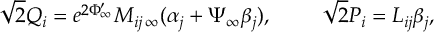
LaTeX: \sqrt { 2 } Q _ { i } = e ^ { 2 \Phi _ { \infty } ^ { \prime } } M _ { i j \, \infty } ( \alpha _ { j } + \Psi _ { \infty } \beta _ { j } ) , \ \ \ \ \ \ \ \sqrt { 2 } P _ { i } = L _ { i j } { \beta } _ { j } ,